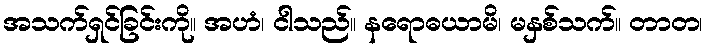
အသက်ရှင်ခြင်းကို။ အဟံ၊ ငါသည်။ နရောဓယာမိ၊ မနှစ်သက်။ တာတ၊